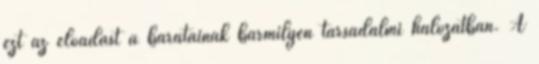
ezt az előadást a barátainak bármilyen társadalmi hálózatban. A